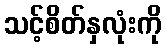
သင့်စိတ်နှလုံးကို